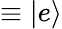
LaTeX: \equiv\left|e\right\rangle